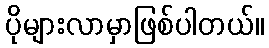
ပိုများလာမှာဖြစ်ပါတယ်။